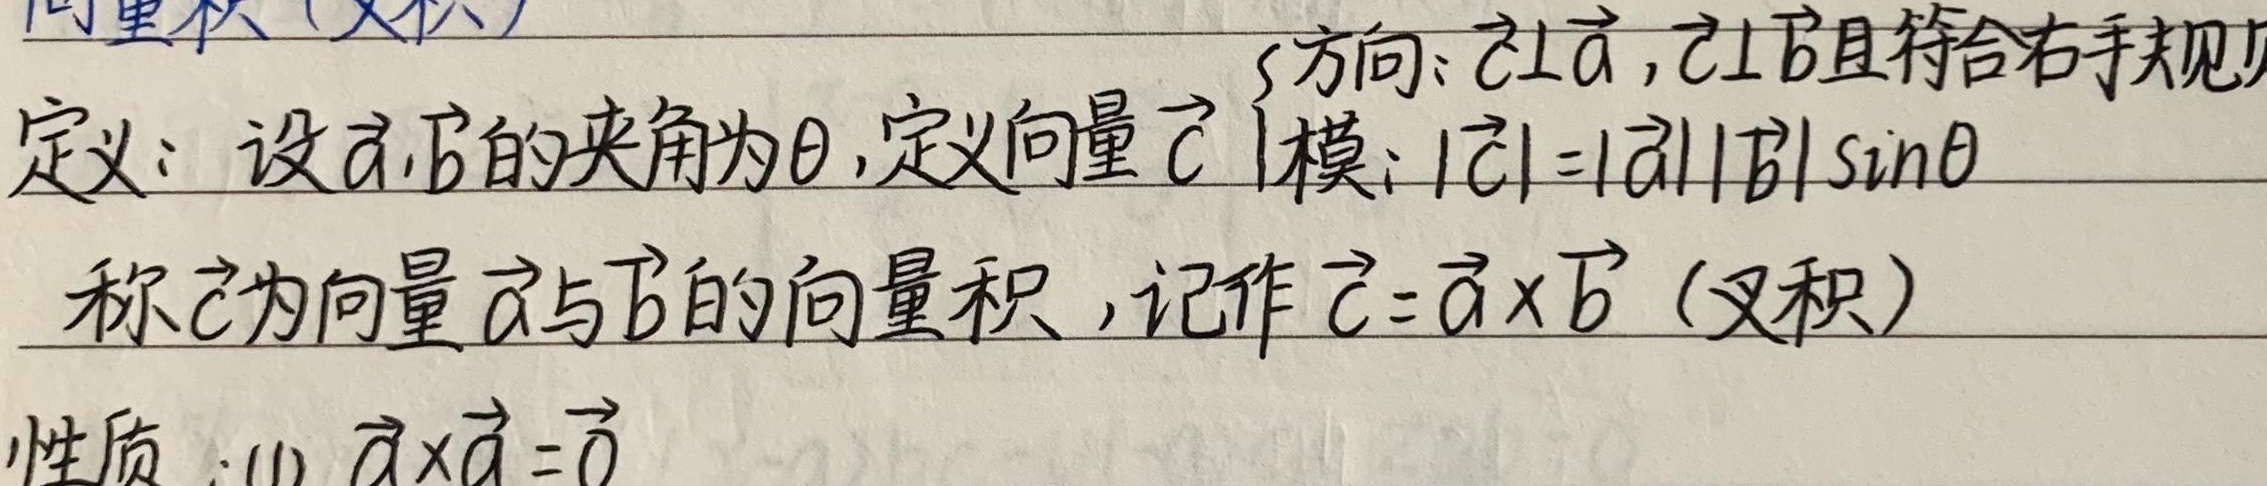
向量积（叉积）
定义：设$\vec{a},\vec{b}$的夹角为$\theta$, 定义向量$\vec{c}$
$\begin{cases}
\text{方向：}\vec{c}\perp\vec{a},\vec{c}\perp\vec{b}\text{且符合右手规}\\
\text{模：}|\vec{c}| = |\vec{a}||\vec{b}|\sin\theta
\end{cases}$
称$\vec{c}$为向量$\vec{a}$与$\vec{b}$的向量积，记作$\vec{c}=\vec{a} \times \vec{b}$（叉积）
性质：(1) $\vec{a} \times \vec{a} = \vec{0}$